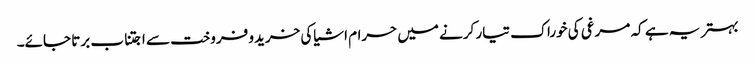
بہتر یہ ہے کہ مرغی کی خوراک تیار کرنے میں حرام اشیاکی خریدو فروخت سے اجتناب برتا جائے۔